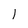
Character: 1